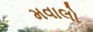
મવાલો